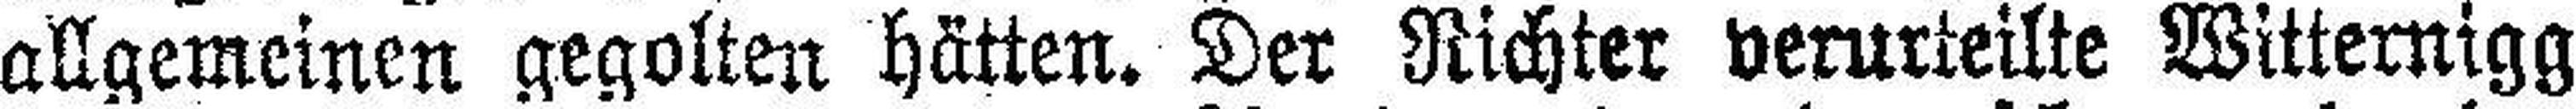
allgemeinen gegolten hätten. Der Richter verurteilte Witternigg